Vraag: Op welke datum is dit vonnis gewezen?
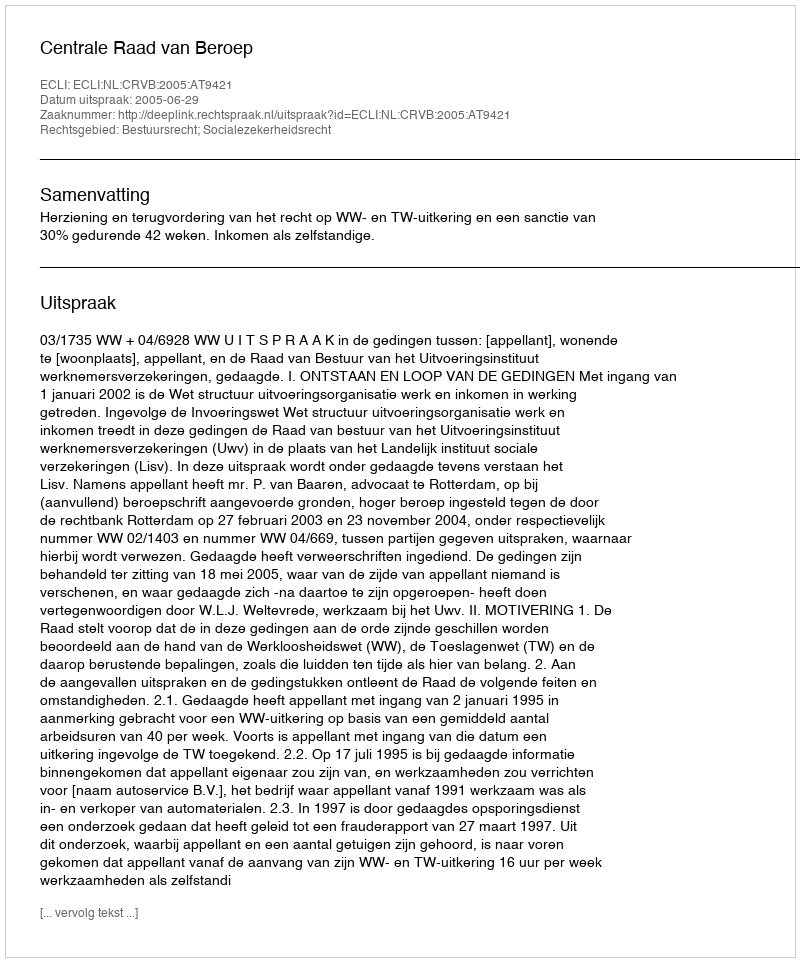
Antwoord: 2005-06-29